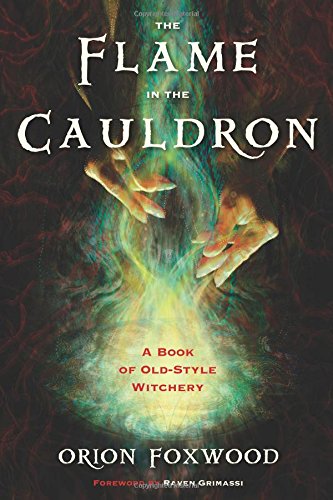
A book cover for The Flame in the Cauldron: A Book of Old-Style Witchery; Orion Foxwood; Religion & Spirituality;